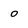
Character: o